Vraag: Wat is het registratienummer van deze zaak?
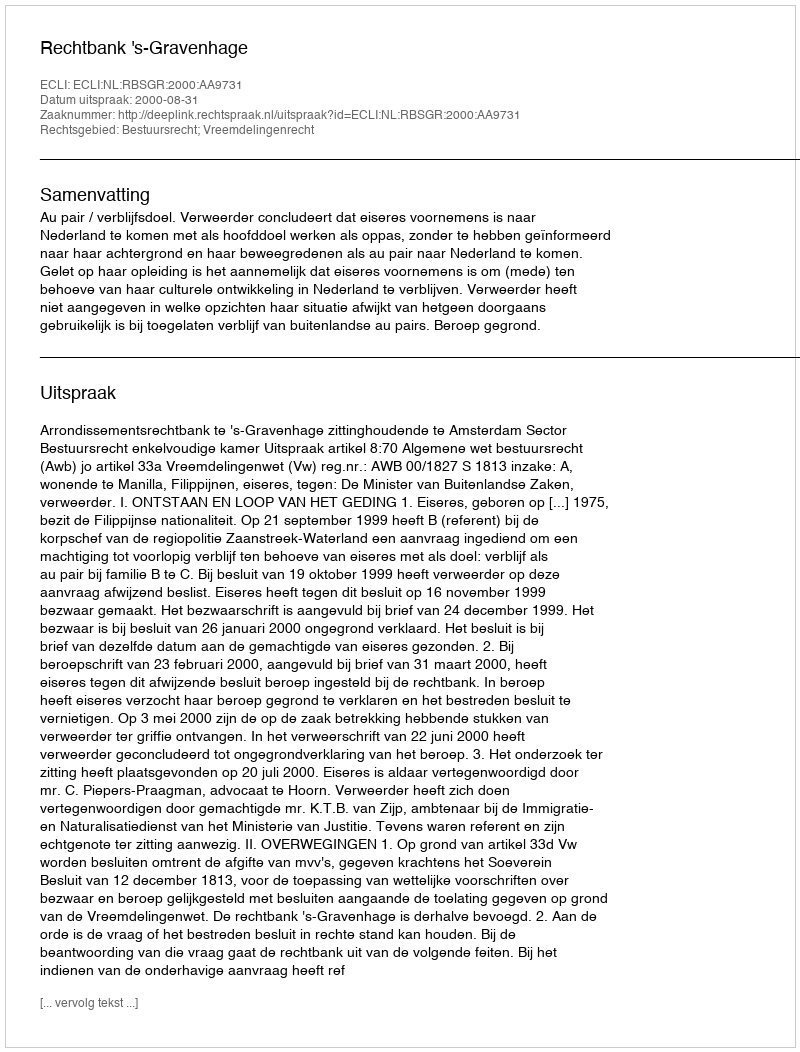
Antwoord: http://deeplink.rechtspraak.nl/uitspraak?id=ECLI:NL:RBSGR:2000:AA9731